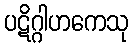
ပဋိဂ္ဂါဟကေသု